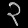
Digit: ၃